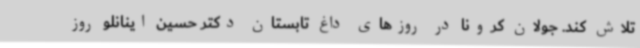
تلاش کند. جولان کرونا در روزهای داغ تابستان دکتر حسین اینانلو روز